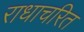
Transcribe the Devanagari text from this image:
राधाचरित